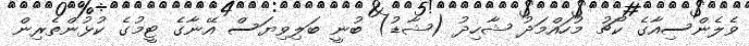
ވެލެންސިއާގެ ކޯޗު މުހައްމަދު ޝާހިދު (ޝާޑު) ބުނީ ބަލިވިޔަސް އޭނާގެ ޓީމުގެ ކުޅުންތެރިން